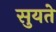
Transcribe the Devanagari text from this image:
सुयते